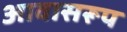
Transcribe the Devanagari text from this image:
आवासरूप